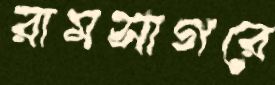
রামসাগরে